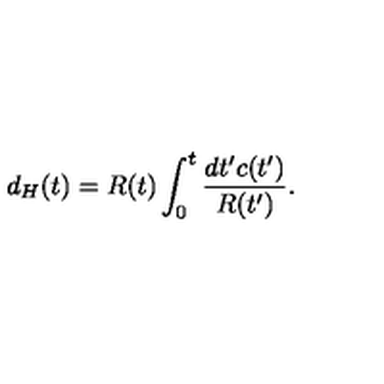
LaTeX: d _ { H } ( t ) = R ( t ) \int _ { 0 } ^ { t } \frac { d t ^ { \prime } c ( t ^ { \prime } ) } { R ( t ^ { \prime } ) } .